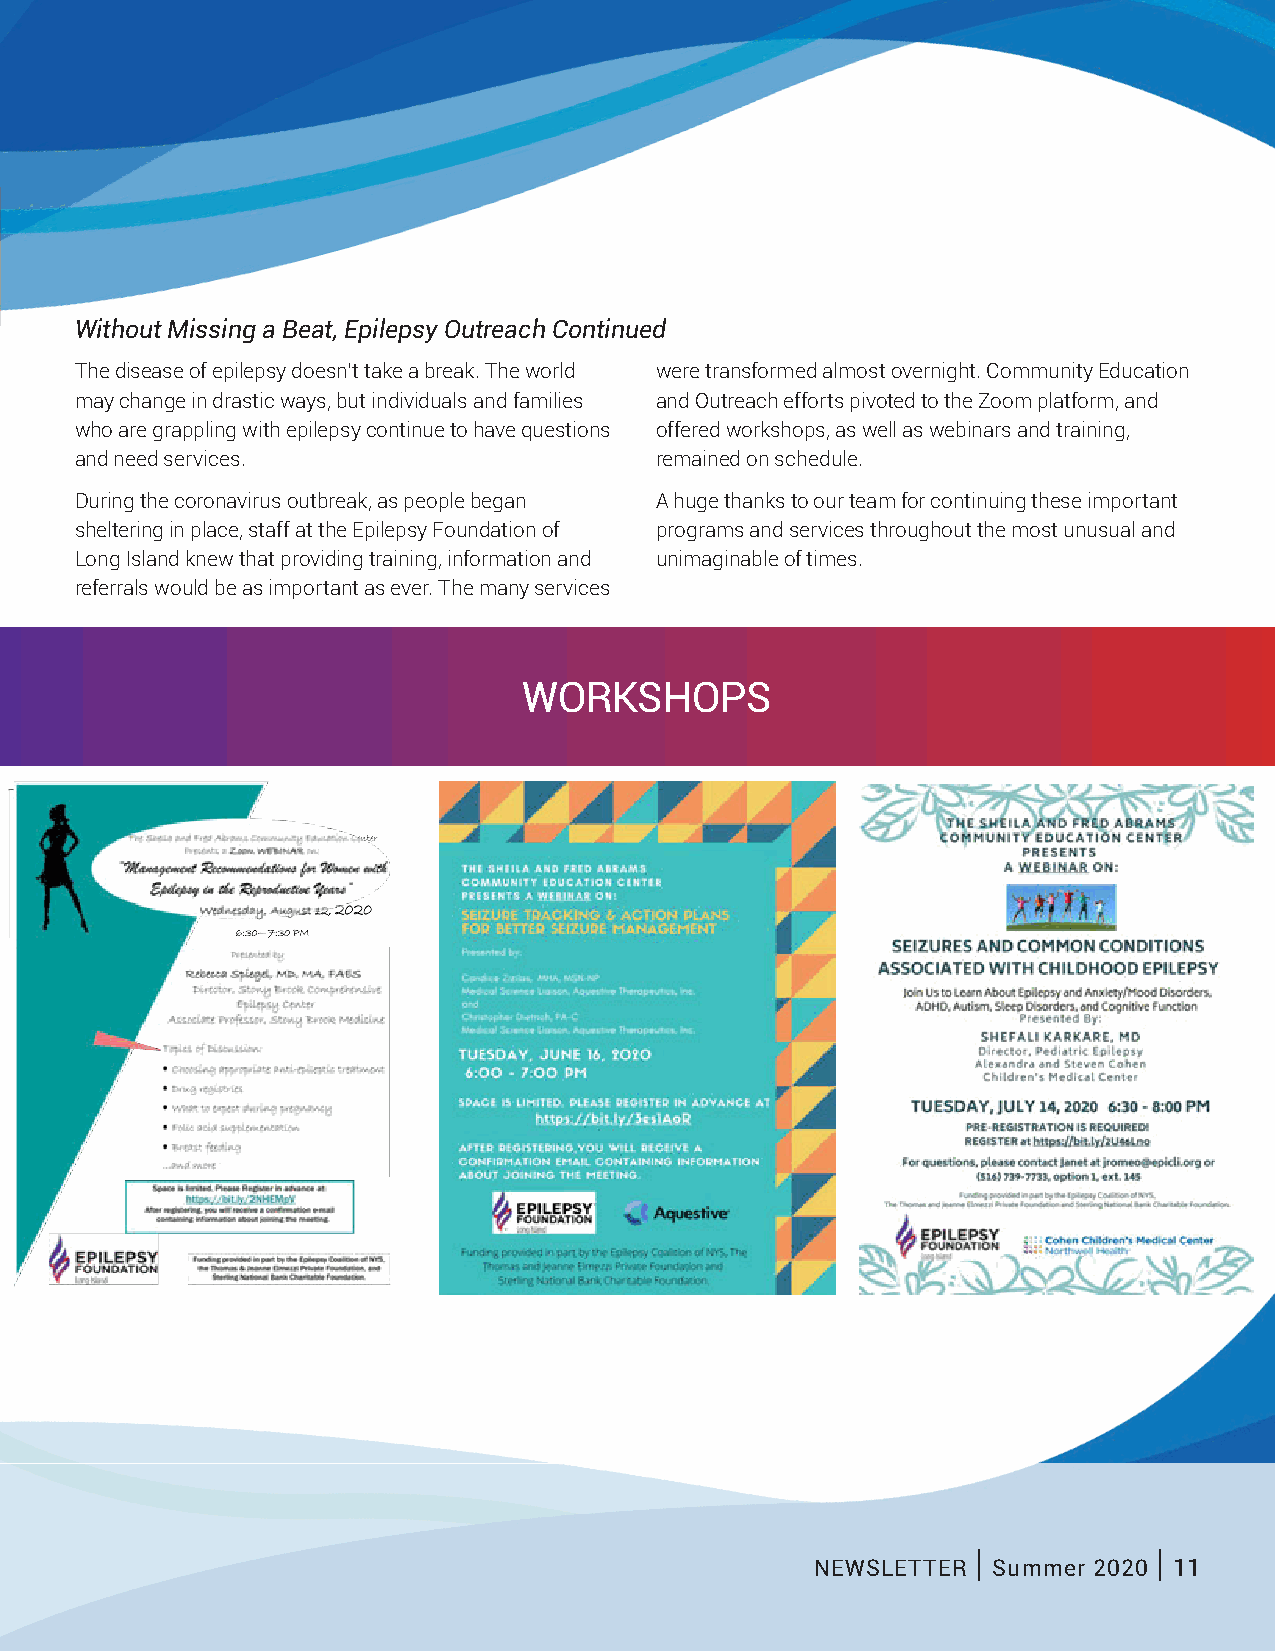
EPILEPSY EDUCATION AND ADVOCACY
 Without Missing a Beat, Epilepsy Outreach Continued
 The disease of epilepsy doesn’t take a break. The world were transformed almost overnight. Community Education
 may change in drastic ways, but individuals and families and Outreach efforts pivoted to the Zoom platform, and
 who are grappling with epilepsy continue to have questions offered workshops, as well as webinars and training,
 and need services.                    remained on schedule.
 During the coronavirus outbreak, as people began A huge thanks to our team for continuing these important
 sheltering in place, staff at the Epilepsy Foundation of programs and services throughout the most unusual and
 Long Island knew that providing training, information and unimaginable of times.
 referrals would be as important as ever. The many services
 WORKSHOPS
 |           |
 NEWSLETTER  Summer 2020 11